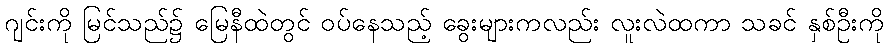
ဂျင်းကို မြင်သည်၌ မြေနီထဲတွင် ဝပ်နေသည့် ခွေးများကလည်း လူးလဲထကာ သခင် နှစ်ဦးကို